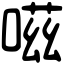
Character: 嗞